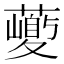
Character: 𱾱